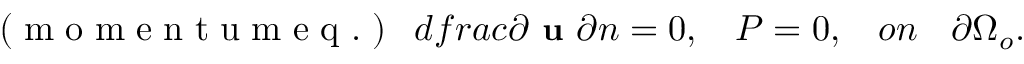
\small \mathrm { ~ ( ~ m ~ o ~ m ~ e ~ n ~ t ~ u ~ m ~ e ~ q ~ . ~ ) ~ } \ \, d f r a c { \partial \textbf { u } } { \partial n } = 0 , \quad P = 0 , \quad o n \quad \partial \Omega _ { o } .